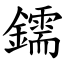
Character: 鑐